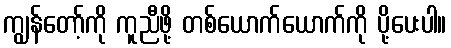
ကျွန်တော့်ကို ကူညီဖို့ တစ်ယောက်ယောက်ကို ပို့ပေးပါ။